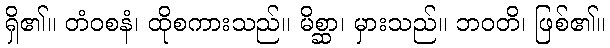
ရှိ၏။ တံဝစနံ၊ ထိုစကားသည်။ မိစ္ဆာ၊ မှားသည်။ ဘဝတိ၊ ဖြစ်၏။